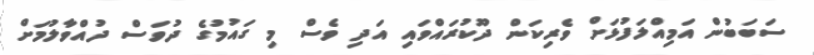
ސަބަބުން އަމިއްލަފުޅަށް ވެރިކަން ދޫކުރައްވައި އަދި ވެސް މި ގައުމުގެ ދުވަސް ދުއްވާލުމަށް